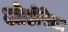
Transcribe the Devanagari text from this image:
ओडोरेटा